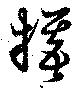
犠